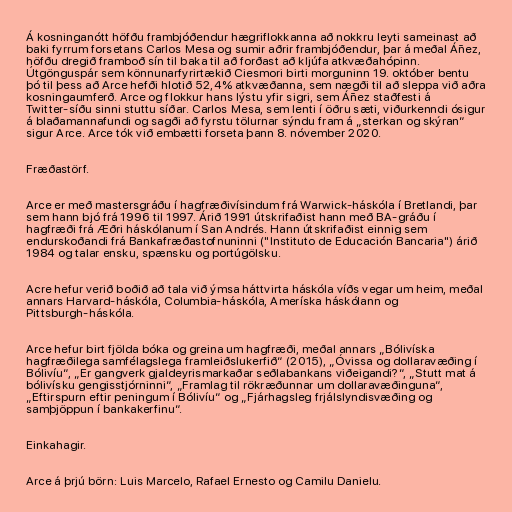
Á kosninganótt höfðu frambjóðendur hægriflokkanna að nokkru leyti sameinast að
baki fyrrum forsetans Carlos Mesa og sumir aðrir frambjóðendur, þar á meðal Áñez,
höfðu dregið framboð sín til baka til að forðast að kljúfa atkvæðahópinn.
Útgönguspár sem könnunarfyrirtækið Ciesmori birti morguninn 19. október bentu
þó til þess að Arce hefði hlotið 52,4% atkvæðanna, sem nægði til að sleppa við aðra
kosningaumferð. Arce og flokkur hans lýstu yfir sigri, sem Áñez staðfesti á
Twitter-síðu sinni stuttu síðar. Carlos Mesa, sem lenti í öðru sæti, viðurkenndi ósigur
á blaðamannafundi og sagði að fyrstu tölurnar sýndu fram á „sterkan og skýran“
sigur Arce. Arce tók við embætti forseta þann 8. nóvember 2020.

Fræðastörf.

Arce er með mastersgráðu í hagfræðivísindum frá Warwick-háskóla í Bretlandi, þar
sem hann bjó frá 1996 til 1997. Árið 1991 útskrifaðist hann með BA-gráðu í
hagfræði frá Æðri háskólanum í San Andrés. Hann útskrifaðist einnig sem
endurskoðandi frá Bankafræðastofnuninni ("Instituto de Educación Bancaria") árið
1984 og talar ensku, spænsku og portúgölsku.

Acre hefur verið boðið að tala við ýmsa háttvirta háskóla víðs vegar um heim, meðal
annars Harvard-háskóla, Columbia-háskóla, Ameríska háskólann og
Pittsburgh-háskóla.

Arce hefur birt fjölda bóka og greina um hagfræði, meðal annars „Bólivíska
hagfræðilega samfélagslega framleiðslukerfið“ (2015), „Óvissa og dollaravæðing í
Bólivíu“, „Er gangverk gjaldeyrismarkaðar seðlabankans viðeigandi?“, „Stutt mat á
bólivísku gengisstjórninni“, „Framlag til rökræðunnar um dollaravæðinguna“,
„Eftirspurn eftir peningum í Bólivíu“ og „Fjárhagsleg frjálslyndisvæðing og
samþjöppun í bankakerfinu“.

Einkahagir.

Arce á þrjú börn: Luis Marcelo, Rafael Ernesto og Camilu Danielu.